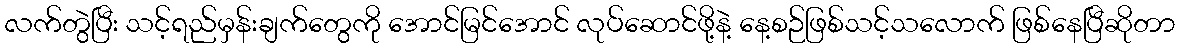
လက်တွဲပြီး သင့်ရည်မှန်းချက်တွေကို အောင်မြင်အောင် လုပ်ဆောင်ဖို့နဲ့ နေ့စဉ်ဖြစ်သင့်သလောက် ဖြစ်နေပြီဆိုတာ